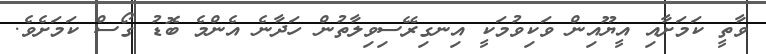
ވާތީ ކަމަށާއި އީޔޫއިން ވަކިވުމަކީ އިނގިރޭސިވިލާތުން ހަދާނެ އެންމެ ބޮޑު ގޯސް ކަމަށެވެ.